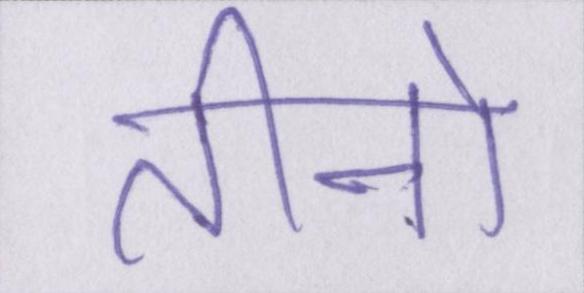
तीनो